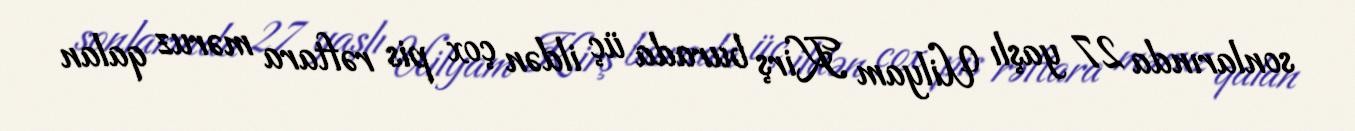
sonlarında 27 yaşlı Uilyam Kirş burada üç ildən çox pis rəftara məruz qalan